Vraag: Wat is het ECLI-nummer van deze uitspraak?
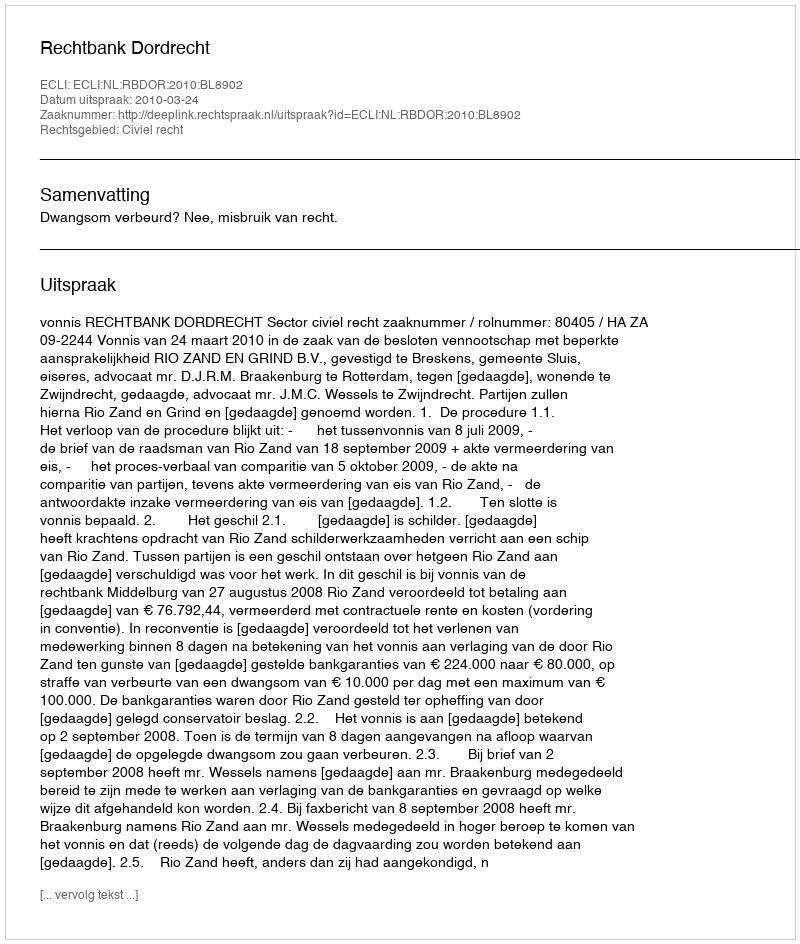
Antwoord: ECLI:NL:RBDOR:2010:BL8902